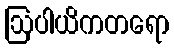
ဩပါယိကတရော